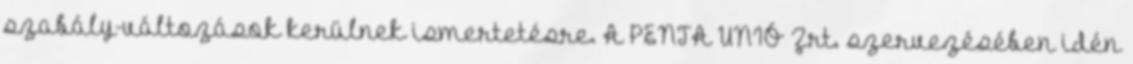
szabály-változások kerülnek ismertetésre. A PENTA UNIÓ Zrt. szervezésében idén